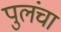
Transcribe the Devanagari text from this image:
पुलंचा